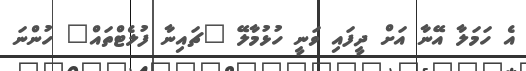
އެ ހަމަލާ އޭނާ އަށް ދީފައި ވަނީ ހުޅުމާލޭ "ޗައިނާ ފުލެޓްތައް" ހުންނަ